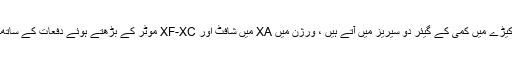
کیڑے میں کمی کے گیئر دو سیریز میں آتے ہیں ، ورژن میں XA میں شافٹ اور XF-XC موٹر کے بڑھتے ہوئے دفعات کے ساتھ۔